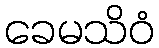
ခေမသိဝံ